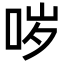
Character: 哕